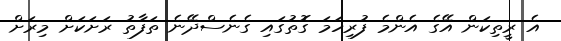
އެ ރީތިކަން އޭގެ އެންމެ ފުރިހަމަ ގޮތުގައި ގެނެސްދޭނެ ތަފާތު ރަށަކަށް މިރަށް